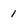
Character: 1